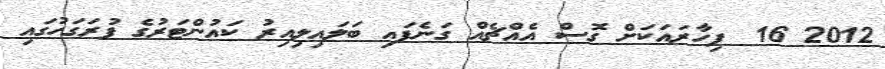
2012 16  ފިހާރައަކަށް ގޮސް އެއްޗެއް ގަނެފައި ބަލައިލިއިރު ކައުންޓަރުގެ ފުރަގަހުގައި